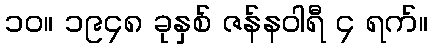
၁၀။ ၁၉၄၈ ခုနှစ် ဇန်နဝါရီ ၄ ရက်။